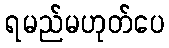
ရမည်မဟုတ်ပေ